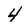
Character: 4